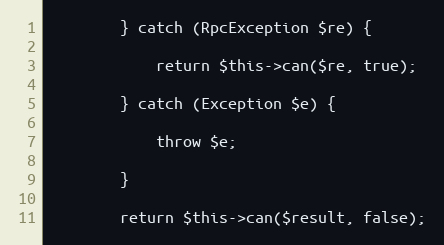
Language: PHP
        } catch (RpcException $re) {

            return $this->can($re, true);

        } catch (Exception $e) {

            throw $e;

        }

        return $this->can($result, false);